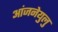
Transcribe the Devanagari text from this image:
आंजनेयुलु